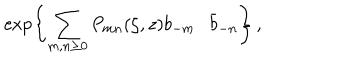
LaTeX: \exp \left\{ \sum _ { m , n \geq 0 } P _ { m n } ( \zeta , z ) b _ { - m } \cdot \bar { b } _ { - n } \right\} \, ,